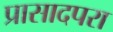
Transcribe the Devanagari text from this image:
प्रासादपरा